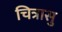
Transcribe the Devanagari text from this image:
चित्रासु